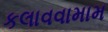
કલાવવામામ